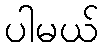
ပါမယ်